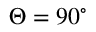
\Theta = 9 0 ^ { \circ }